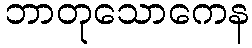
ဘာတုသောကေန